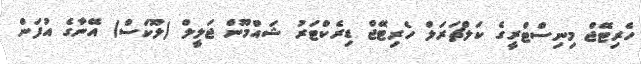
ހެރިޓޭޖް މިނިސްޓްރީގެ ކަލްޗަރަލް ހެރިޓޭޖް ޑިރެކްޓަރު ޝައްމޫން ޖަލީލް (ލޫކަސް) އޭނާގެ އުފަން